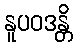
နူပဝဒန္တိ